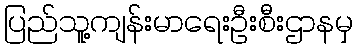
ပြည်သူ့ကျန်းမာရေးဦးစီးဌာနမှ